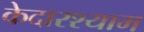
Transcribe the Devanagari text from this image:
केदारश्याम